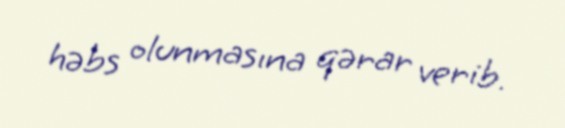
həbs olunmasına qərar verib.